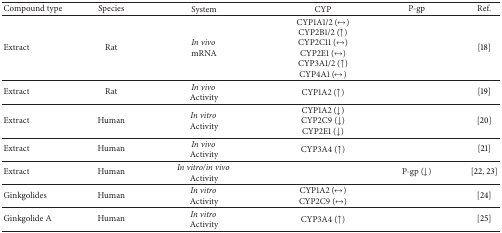
<table><thead><tr><td><b>Compound type</b></td><td><b>Species</b></td><td><b>System</b></td><td><b>CYP</b></td><td><b>P-gp</b></td><td><b>Ref.</b></td></tr></thead><tbody><tr><td>Extract</td><td>Rat</td><td><i>In vivo</i> mRNA</td><td>CYP1A1/2 (↔)CYP2B1/2 (↑)CYP2C11 (↔)CYP2E1 (↔)CYP3A1/2 (↑)CYP4A1 (↔)</td><td> </td><td>[18]</td></tr><tr><td>Extract</td><td>Rat</td><td><i>In vivo</i> Activity</td><td>CYP1A2 (↑)</td><td> </td><td>[19]</td></tr><tr><td>Extract</td><td>Human</td><td><i>In vitro</i> Activity</td><td>CYP1A2 (↓)CYP2C9 (↓)CYP2E1 (↓)</td><td> </td><td>[20]</td></tr><tr><td>Extract</td><td>Human</td><td><i>In vivo</i> Activity</td><td>CYP3A4 (↑)</td><td> </td><td>[21]</td></tr><tr><td>Extract</td><td>Human</td><td><i>In vitro/in vivo</i> Activity</td><td> </td><td>P-gp (↓)</td><td>[22, 23]</td></tr><tr><td>Ginkgolides</td><td>Human</td><td><i>In vitro</i> Activity</td><td>CYP1A2 (↔)CYP2C9 (↔)</td><td> </td><td>[24]</td></tr><tr><td>Ginkgolide A</td><td>Human</td><td><i>In vitro</i> Activity</td><td>CYP3A4 (↑)</td><td> </td><td>[25]</td></tr></tbody></table>